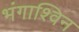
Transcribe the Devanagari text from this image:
भंगाश्विन